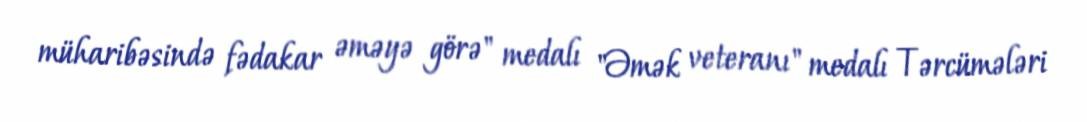
müharibəsində fədakar əməyə görə" medalı "Əmək veteranı" medalı Tərcümələri